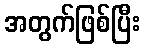
အတွက်ဖြစ်ပြီး